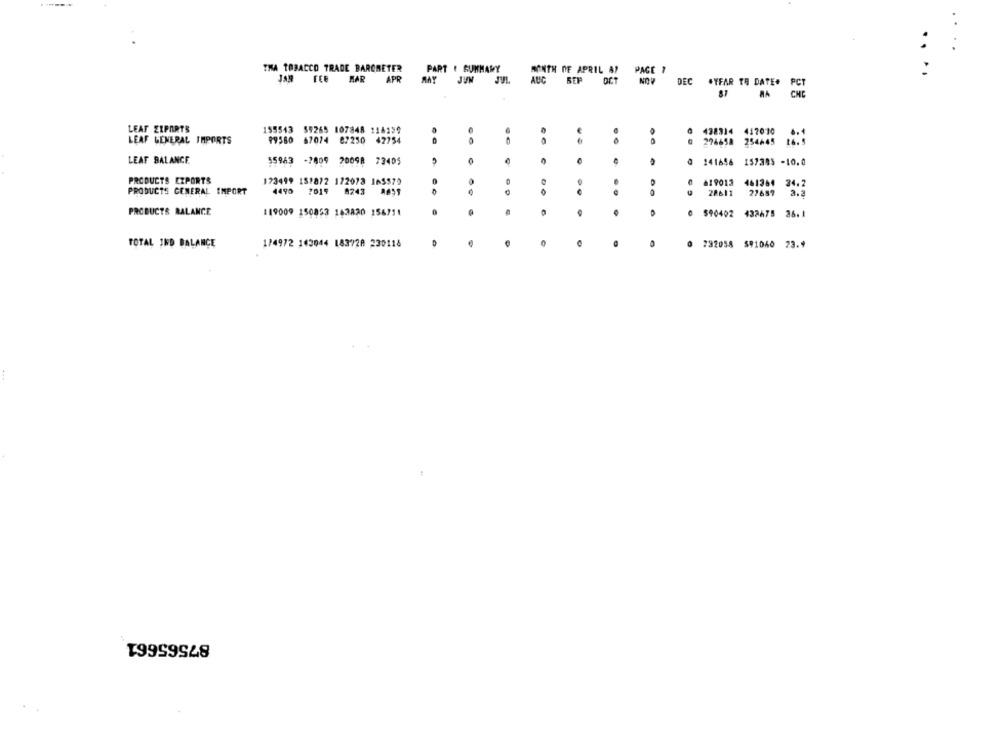
THA TOBACCO TRADE BAROMETER
PART I SUMMARY
MONTH DE APRIL AY PAGE 7
JAN FEB MAR APR MAY JUN JUL AUC SEP OCT NOV
DEC .YFAR TO DATE.
PCT
81
LEAF ZIPARTS
155543 59265 107848 116199
438314 447010
LEAF GENERAL IMPORTS
99580 67074 87250 42754
276658 254445
..
LEAF BALANCE
55963 -7809 20098 73405
.
241656 157305 -10.0
PRODUCTS EXPORTS
173499 15:872 122073 165579
619013
461364
34.2
PRODUCTS GENERAL IMPORT
4490 7019
8243 8859
..
..
28611
27689
PRODUCTS BALANCE
119009 150853 163820 156711
0
$90402
437675
TOTAL IND BALANCE
174972 143044 183720 230118
.
732058 591040 23.9
87565661